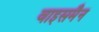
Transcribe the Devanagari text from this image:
वाइसमैन